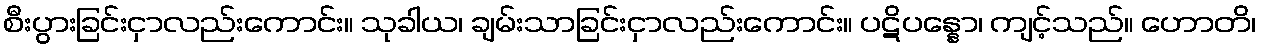
စီးပွားခြင်းငှာလည်းကောင်း။ သုခါယ၊ ချမ်းသာခြင်းငှာလည်းကောင်း။ ပဋိပန္နော၊ ကျင့်သည်။ ဟောတိ၊